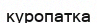
куропатка